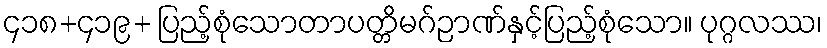
၄၁၈+၄၁၉+ ပြည့်စုံသောတာပတ္တိမဂ်ဉာဏ်နှင့်ပြည့်စုံသော။ ပုဂ္ဂလဿ၊